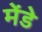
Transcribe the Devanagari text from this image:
मेंडे